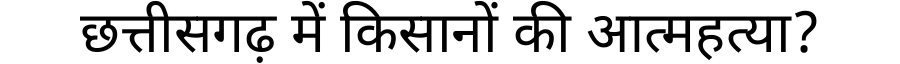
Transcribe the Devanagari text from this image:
छत्तीसगढ़ में किसानों की आत्महत्या?